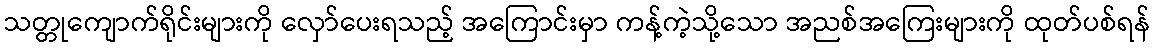
သတ္တုကျောက်ရိုင်းများကို လှော်ပေးရသည့် အကြောင်းမှာ ကန့်ကဲ့သို့သော အညစ်အကြေးများကို ထုတ်ပစ်ရန်